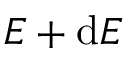
E + \mathrm { d } E